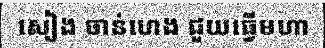
សៀង ចាន់ហេង ជួយធ្វើមហា